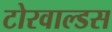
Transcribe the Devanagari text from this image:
टोरवाल्डस